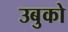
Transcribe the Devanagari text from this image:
उबुको